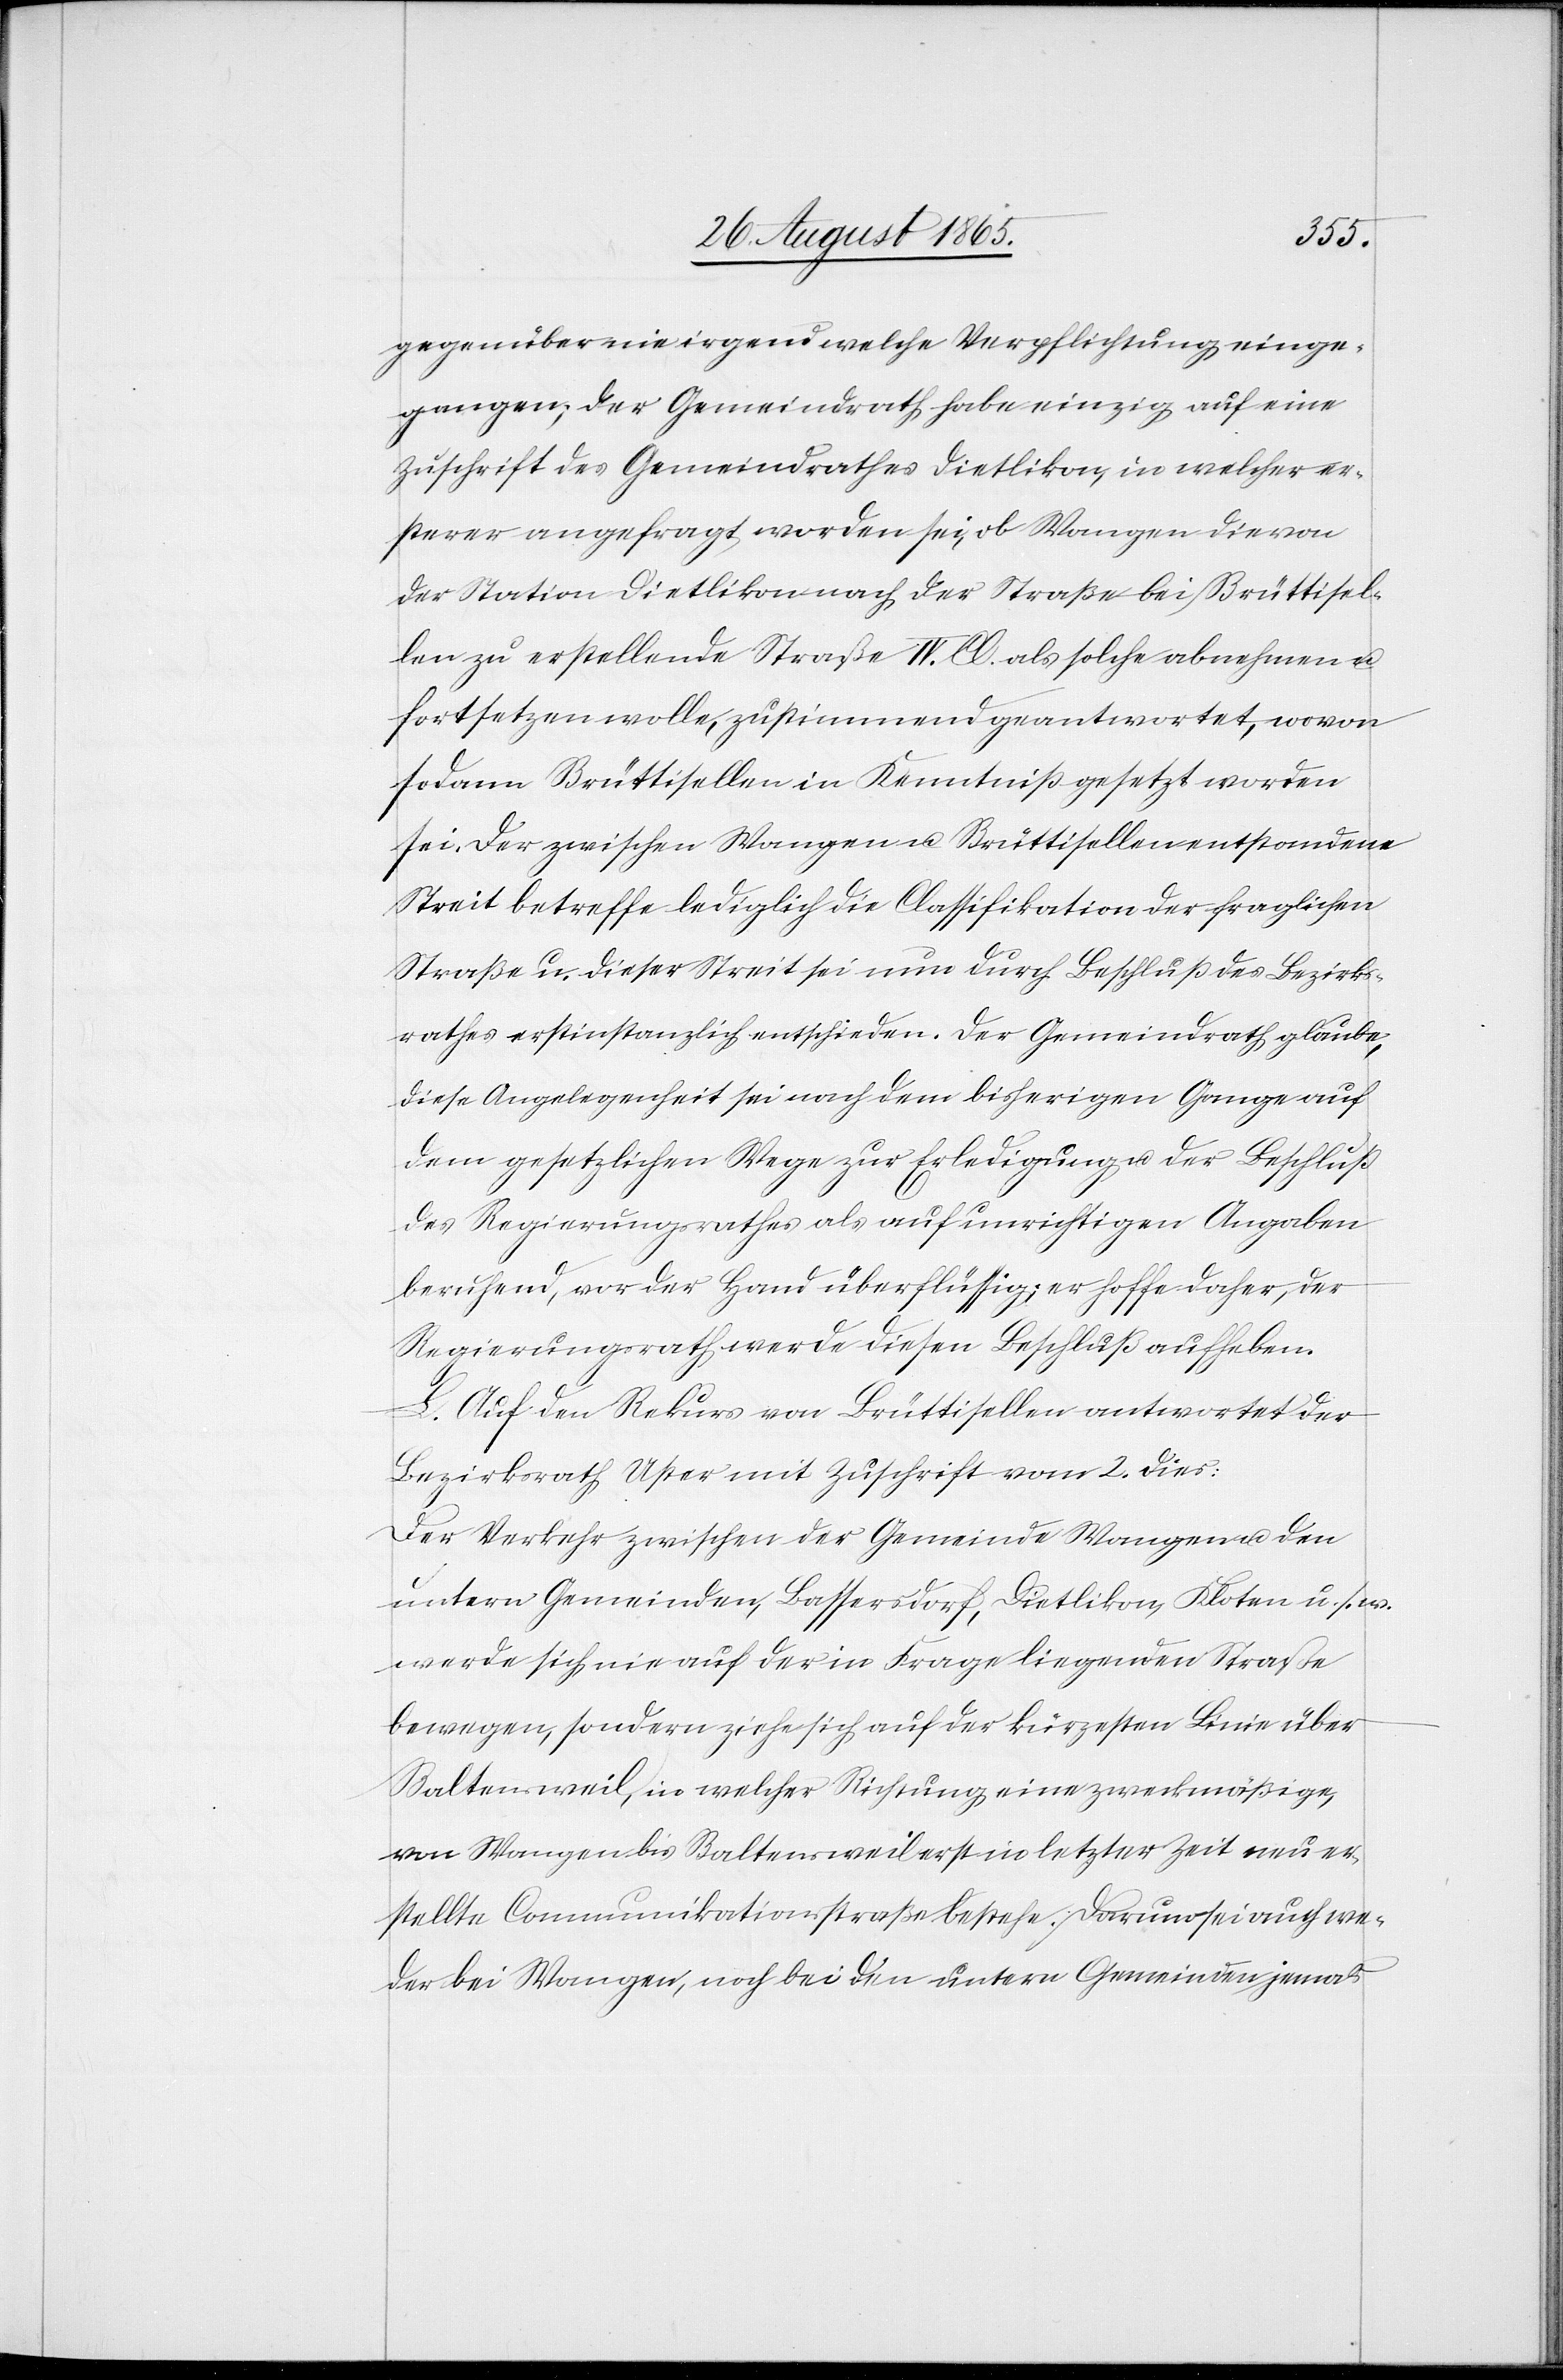
gegenüber nie irgend welche Verpflichtung einge¬
gangen; der Gemeindrath habe einzig auf eine
Zuschrift des Gemeindrathes Dietlikon, in welcher er¬
sterer angefragt worden sei, ob Wangen die von
der Station Dietlikon nach der Straße bei Brüttisel¬
len zu erstellende Straße IV. Cl. als solche abnehmen u.
fortsetzen wolle, zustimmend geantwortet, wovon
sodann Brüttisellen in Kenntniß gesetzt worden
sei. Der zwischen Wangen u. Brüttisellen entstandene
Streit betreffe lediglich die Classifikation der fraglichen
Straße u. dieser Streit sei nun durch Beschluß des Bezirks¬
rathes erstinstanzlich entschieden. Der Gemeindrath glaube,
diese Angelegenheit sei nach dem bisherigen Gange auf
dem gesetzlichen Wege zur Erledigung u. der Beschluß
des Regierungsrathes als auf unrichtigen Angaben
beruhend, vor der Hand überflüssig; er hoffe daher, der
Regierungsrath werde diesen Beschluß aufheben.
L. Auf den Rekurs von Brüttisellen antwortet der
Bezirksrath Uster mit Zuschrift vom 2. dies:
Der Verkehr zwischen der Gemeinde Wangen u. den
untern Gemeinden, Bassersdorf, Dietlikon, Kloten u. s. w.
werde sich nie auf der in Frage liegenden Straße
bewegen, sondern ziehe sich auf der kürzesten Linie über
Baltensweil, in welcher Richtung eine zweckmäßige,
von Wangen bis Baltensweil erst in letzter Zeit neu er¬
stellte Communikationsstraße bestehe. Darum sei auch we¬
der bei Wangen, noch bei den untern Gemeinden jemals